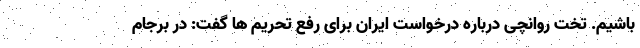
باشیم. تخت روانچی درباره درخواست ایران برای رفع تحریم ها گفت: در برجام